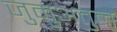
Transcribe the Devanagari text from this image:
जुमुअतुल